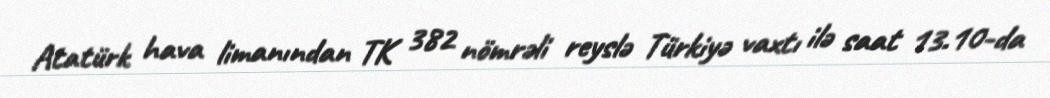
Atatürk hava limanından TK 382 nömrəli reyslə Türkiyə vaxtı ilə saat 13.10-da